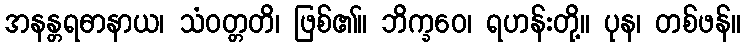
အနန္တရဓာနာယ၊ သံဝတ္တတိ၊ ဖြစ်၏။ ဘိက္ခဝေ၊ ရဟန်းတို့။ ပုန၊ တစ်ဖန်။